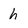
Character: h